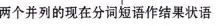
两个并列的现在分词短语作结果状语